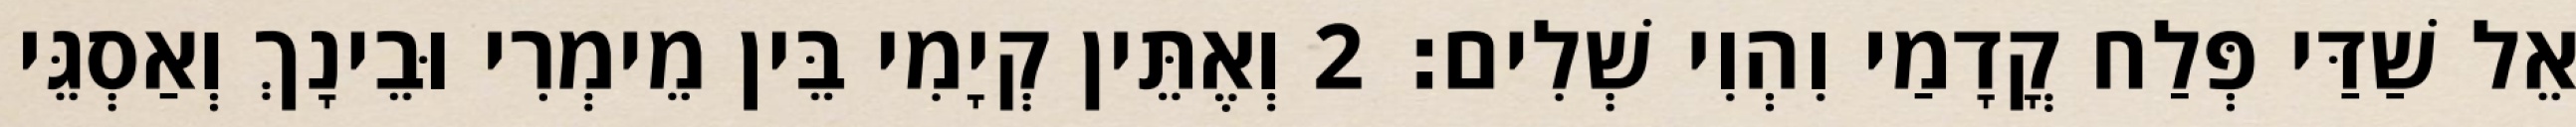
אֵל שַׁדַּי פְּלַח קֳדָמַי וִהְוִי שְׁלִים׃ 2 וְאֶתֵּין קְיָמִי בֵּין מֵימְרִי וּבֵינָךְ וְאַסְגֵּי